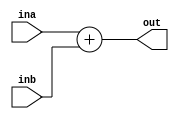
`timescale 1ns / 1ps
//////////////////////////////////////////////////////////////////////////////////
// Company: 
// Engineer: 
// 
// Design Name: 
// Module Name: adder
// Project Name: 
// Target Devices: 
// Tool Versions: 
// Description: 
// 
// Dependencies: 
// 
// Revision:
// Revision 0.01 - File Created
// Additional Comments:
// 
//////////////////////////////////////////////////////////////////////////////////


module adder(input [31:0] ina, inb,
            output reg [31:0] out);


always @(ina or inb) 
begin
    out = ina + inb;
end

endmodule